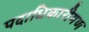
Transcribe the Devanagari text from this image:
पदाधिकारीगण